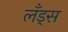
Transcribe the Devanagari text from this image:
लँड्स